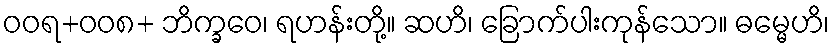
ဝဝရ+ဝဝ၈+ ဘိက္ခဝေ၊ ရဟန်းတို့။ ဆဟိ၊ ခြောက်ပါးကုန်သော။ ဓမ္မေဟိ၊